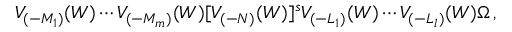
V _ { ( - M _ { 1 } ) } ( W ) \cdots V _ { ( - M _ { m } ) } ( W ) [ V _ { ( - N ) } ( W ) ] ^ { s } V _ { ( - L _ { 1 } ) } ( W ) \cdots V _ { ( - L _ { l } ) } ( W ) \Omega \, ,